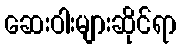
ဆေးဝါးများဆိုင်ရာ